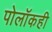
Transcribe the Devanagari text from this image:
पोलॉकही